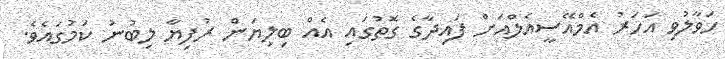
ހަވާލުވި އަހަރު އެމްއޭސީއެލްއަށް ފައިދާގެ ގޮތުގައި އެއް ބިލިޔަން ރުފިޔާ ލިބުނު ކަމުގައެވެ.